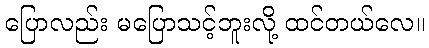
ပြောလည်း မပြောသင့်ဘူးလို့ ထင်တယ်လေ။